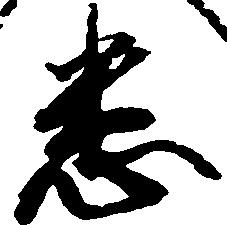
悉